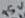
Text: +5V